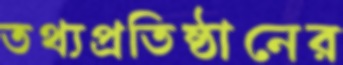
তথ্যপ্রতিষ্ঠানের